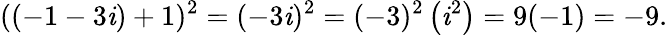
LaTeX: ((-1-3\mathit{i})+1)^{2}=(-3\mathit{i})^{2}=(-3)^{2}\left(\mathit{i}^{2}\right)=9(-1)=-9.